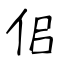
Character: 佀